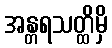
အန္တရသတ္ထိမှိ